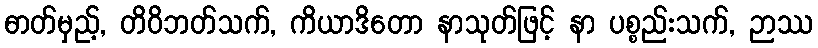
ဓာတ်မှည့်, တိဝိဘတ်သက်, ကိယာဒိတော နာသုတ်ဖြင့် နာ ပစ္စည်းသက်, ဉာဿ